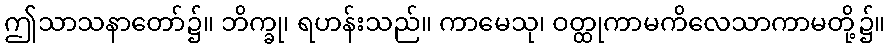
ဤသာသနာတော်၌။ ဘိက္ခု၊ ရဟန်းသည်။ ကာမေသု၊ ဝတ္ထုကာမကိလေသာကာမတို့၌။